Report of the Indian Hemp Drugs Commission, 1894-1895 - Volume VII
Year: 1894
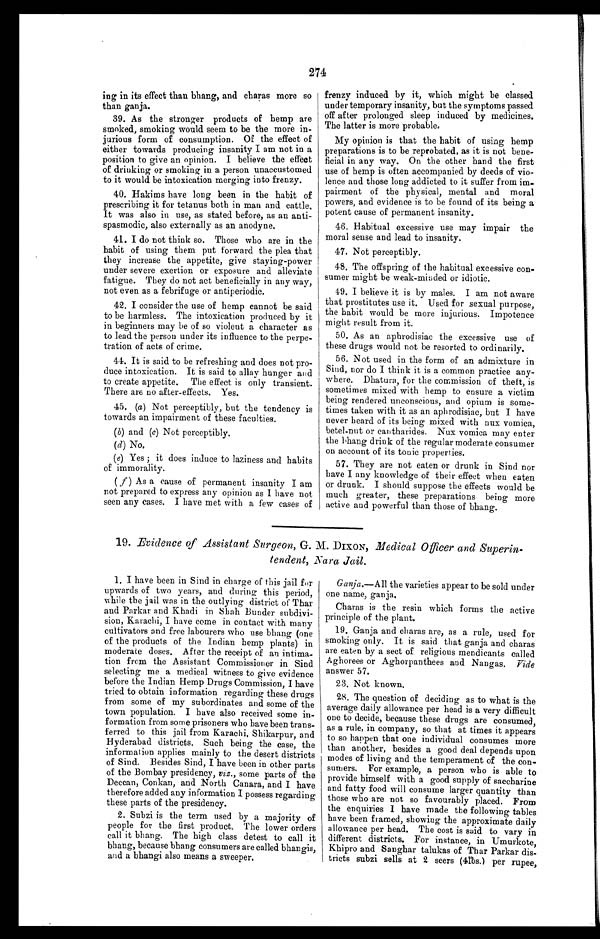
274
ing in its effect than bhang, and charas more so
than ganja.
39. As the stronger products of hemp are
smoked, smoking would seem to be the more in-
jurious form of consumption. Of the effect of
either towards producing insanity I am not in a
position to give an opinion. I believe the effect
of drinking or smoking in a person unaccustomed
to it would be intoxication merging into frenzy.
40.
Hakims have long been in the habit of
prescribing it for tetanus both in man and cattle.
It was also in use, as stated before, as an anti-
spasmodic, also externally as an anodyne.
41. I do not think so. Those who are in the
habit of using them put forward the plea that
they increase the appetite, give staying-power
under severe exertion or exposure and alleviate
fatigue. They do not act beneficially in any way,
not even as a febrifuge or antiperiodic.
42. I consider the use of hemp cannot be said
to be harmless. The intoxication produced by it
in beginners may be of so violent a character as
to lead the person under its influence to the perpe--
tration of acts of crime.
44. It is said to be refreshing and does not pro
- d u c e i n t o x i c a t i o n . I t i s s a i d t o a l l a y h u n g e r a n d
to create appetite. The effect is only transient.
There are no after-effects. Yes.
45.
(
a ) Not perceptibly, but the tendency is
towards an impairment of these faculties.
( b) and (c) Not perceptibly.
(d) N o .
(e) Yes; it does induce to laziness and habits
of immorality.
( f) As a cause of permanent insanity I am
not prepared to express any opinion as I have not
seen any cases. I have met with a few cases of
frenzy induced by it, which might be classed
under temporary insanity, but the symptoms passed
off after prolonged sleep induced by medicines.
The latter is more probable.
My opinion is that the habit of using hemp
preparations is to be reprobated, as it is not bene-
ficial in any way. On the other hand the first
use of hemp is often accompanied by deeds of vio-
lence and those long addicted to it suffer from im-
pairment of the physical, mental and moral
powers, and evidence is to be found of its being a
potent cause of permanent insanity.
46. Habitual excessive use may impair the
moral sense and lead to insanity.
47. Not perceptibly.
48. The offspring of the habitual excessive con--
sumer might be weak-minded or idiotic.
49. I believe it is by males. I am not aware
that prostitutes use it. Used for sexual purpose,
the habit would be more injurious. Impotence
might result from it.
50. As an aphrodisiac the excessive use of
these drugs would not be resorted to ordinarily.
56. Not used in the form of an admixture in
Sind, nor do I think it is a common practice any--
where. Dhatura, for the commission of theft, is
sometimes mixed with hemp to ensure a victim
being rendered unconscious, and opium is some-
times taken with it as an aphrodisiac, but I have
never heard of its being mixed with nux vomica,
betel-nut or cantharides. Nux vomica may enter
the bhang drink of the regular moderate consumer
on account of its tonic properties.
57. They are not eaten or drunk in Sind nor
have I any knowledge of their effect when eaten
or drunk. I should suppose the effects would be
much greater, these preparations being more
active and powerful than those of bhang.
19. Evidence of Assistant Surgeon, G. M. DIXON, Medical Officer and Superin-
tendent, Nara Jail.
1. I have been in Sind in charge of this jail for
upwards of two years, and during this period,
while the jail was in the outlying district of Thar
and Parkar and Khadi in Shah Bunder subdivi-
sion, Karachi, I have come in contact with many
cultivators and free labourers who use bhang (one
of the products of the Indian hemp plants) in
moderate doses. After the receipt of an intima-
tion from the Assistant Commissioner in Sind
selecting me a medical witness to give evidence
before the Indian Hemp Drugs Commission, I have
tried to obtain information regarding these drugs
from some of my subordinates and some of the
town population. I have also received some in-
formation from some prisoners who have been trans-
ferred to this jail from Karachi, Shikarpur, and
Hyderabad districts. Such being the case, the
information applies mainly to the desert districts
of Sind. Besides Sind, I have been in other parts
of the Bombay presidency, viz., some parts of the
Deccan, Conkan, and North Canara, and I have
therefore added any information I possess regarding
these parts of the presidency.
2. Subzi is the term used by a majority of
people for the first product. The lower orders
call it bhang. The high class detest to call it
bhang, because bhang consumers are called bhangis,
and a bhangi also means a sweeper.
Ganja.— All the varieties appear to be sold under
one name, ganja.
Charas is the resin which forms the active
principle of the plant.
19. Ganja and charas are, as a rule, used for
smoking only. It is said that ganja and charas
are eaten by a sect of religious mendicants called
Aghorees or Aghorpanthees and Nangas. Vide
answer 57.
23. Not known.
28. The question of deciding as to what is the
average daily allowance per head is a very difficult
one to decide, because these drugs are consumed,
as a rule, in company, so that at times it appears
to so happen that one individual consumes more
than another, besides a good deal depends upon
modes of living and the temperament of the con-
sumers. For example, a person who is able to
provide himself with a good supply of saccharine
and fatty food will consume larger quantity than
those who are not so favourably placed. From
the enquiries 1 have made the following tables
have been framed, showing the approximate daily
allowance per head. The cost is said to vary in
different districts. For instance, in Umurkote,
Khipro and Sanghar talukas of Thar Parkar dis
- t r i c t s s u b z i s e l l s a t 2 s e e r s ( 4 l b s . ) p e r r u p e e ,